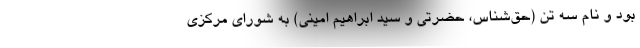
بود و نام سه تن (حق‌شناس، حضرتی و سید ابراهیم امینی) به شورای مرکزی